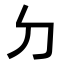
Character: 𠚣